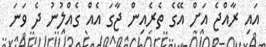
އައި ރާއްޖެ އަށް އޭގެ ތެރެއިން ޖާގަ އެއް ގެއްލުނު ދެ ވަނަ